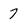
Character: 7